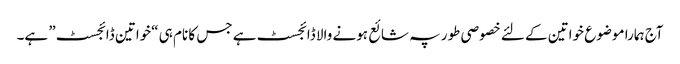
آج ہمارا موضوع خواتین کے لئے خصوصی طور پہ شائع ہونے والا ڈائجسٹ ہے جس کا نام ہی “خواتین ڈائجسٹ” ہے۔